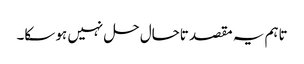
تاہم یہ مقصد تاحال حل نہیں ہو سکا۔